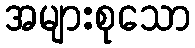
အများစုသော